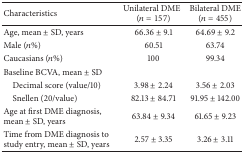
<table><thead><tr><td><b>Characteristics</b></td><td><b>Unilateral DME(<i>n</i> = 157)</b></td><td><b>Bilateral DME (<i>n</i> = 455)</b></td></tr></thead><tbody><tr><td>Age, mean ± SD, years</td><td>66.36 ± 9.1</td><td>64.69 ± 9.2</td></tr><tr><td>Male (<i>n</i>%)</td><td>60.51</td><td>63.74</td></tr><tr><td>Caucasians (<i>n</i>%)</td><td>100</td><td>99.34</td></tr><tr><td>Baseline BCVA, mean ± SD</td><td> </td><td> </td></tr><tr><td> Decimal score (value/10)</td><td>3.98 ± 2.24</td><td>3.56 ± 2.03</td></tr><tr><td> Snellen (20/value)</td><td>82.13 ± 84.71</td><td>91.95 ± 142.00</td></tr><tr><td>Age at first DME diagnosis,mean ± SD, years</td><td>63.84 ± 9.34</td><td>61.65 ± 9.23</td></tr><tr><td>Time from DME diagnosis to study entry, mean ± SD, years</td><td>2.57 ± 3.35</td><td>3.26 ± 3.11</td></tr></tbody></table>